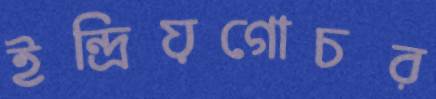
ইন্দ্রিয়গোচর